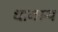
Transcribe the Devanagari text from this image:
धानस्थ